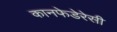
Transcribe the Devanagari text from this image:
कानफेडेरेसी